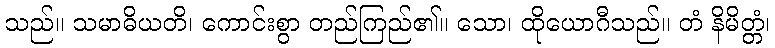
သည်။ သမာဓိယတိ၊ ကောင်းစွာ တည်ကြည်၏။ သော၊ ထိုယောဂီသည်။ တံ နိမိတ္တံ၊